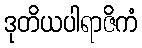
ဒုတိယပါရာဇိကံ